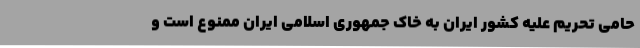
حامی تحریم علیه کشور ایران به خاک جمهوری اسلامی ایران ممنوع است و